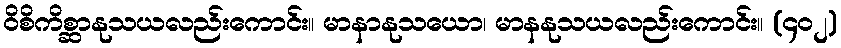
ဝိစိကိစ္ဆာနုသယလည်းကောင်း။ မာနာနုသယော၊ မာနနုသယလည်းကောင်း။ (၄၀၂)